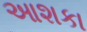
આશકા